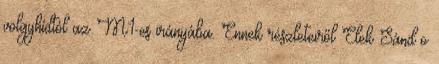
völgyhídtól az M1-es irányába. Ennek részleteiről Elek Sánd o